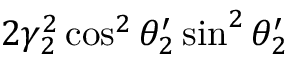
2 \gamma _ { 2 } ^ { 2 } \cos ^ { 2 } \theta _ { 2 } ^ { \prime } \sin ^ { 2 } \theta _ { 2 } ^ { \prime }